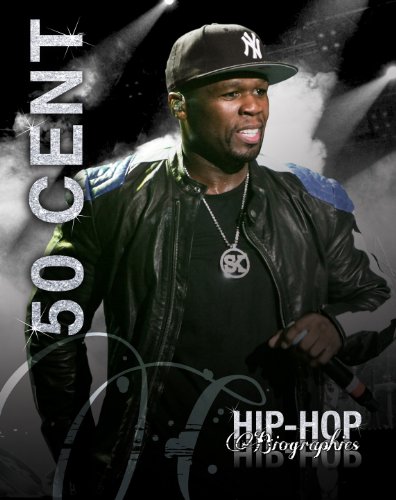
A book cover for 50 Cent (Hip-Hop Biographies); Saddleback Educational Publishing; Teen & Young Adult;